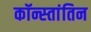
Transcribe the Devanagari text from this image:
कॉन्स्तांतिन